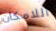
اللامكان